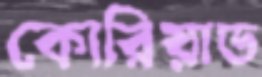
কোরিয়াড